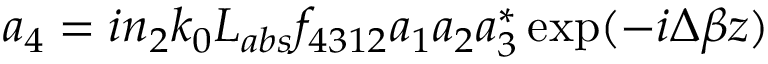
a _ { 4 } = i n _ { 2 } k _ { 0 } L _ { a b s } f _ { 4 3 1 2 } a _ { 1 } a _ { 2 } a _ { 3 } ^ { * } \exp ( - i \Delta \beta z )